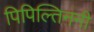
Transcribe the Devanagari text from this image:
पिपिल्तिननी